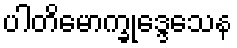
ပါတိမောက္ခုဒ္ဒေသေန